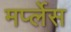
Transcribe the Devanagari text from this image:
मर्प्लेस